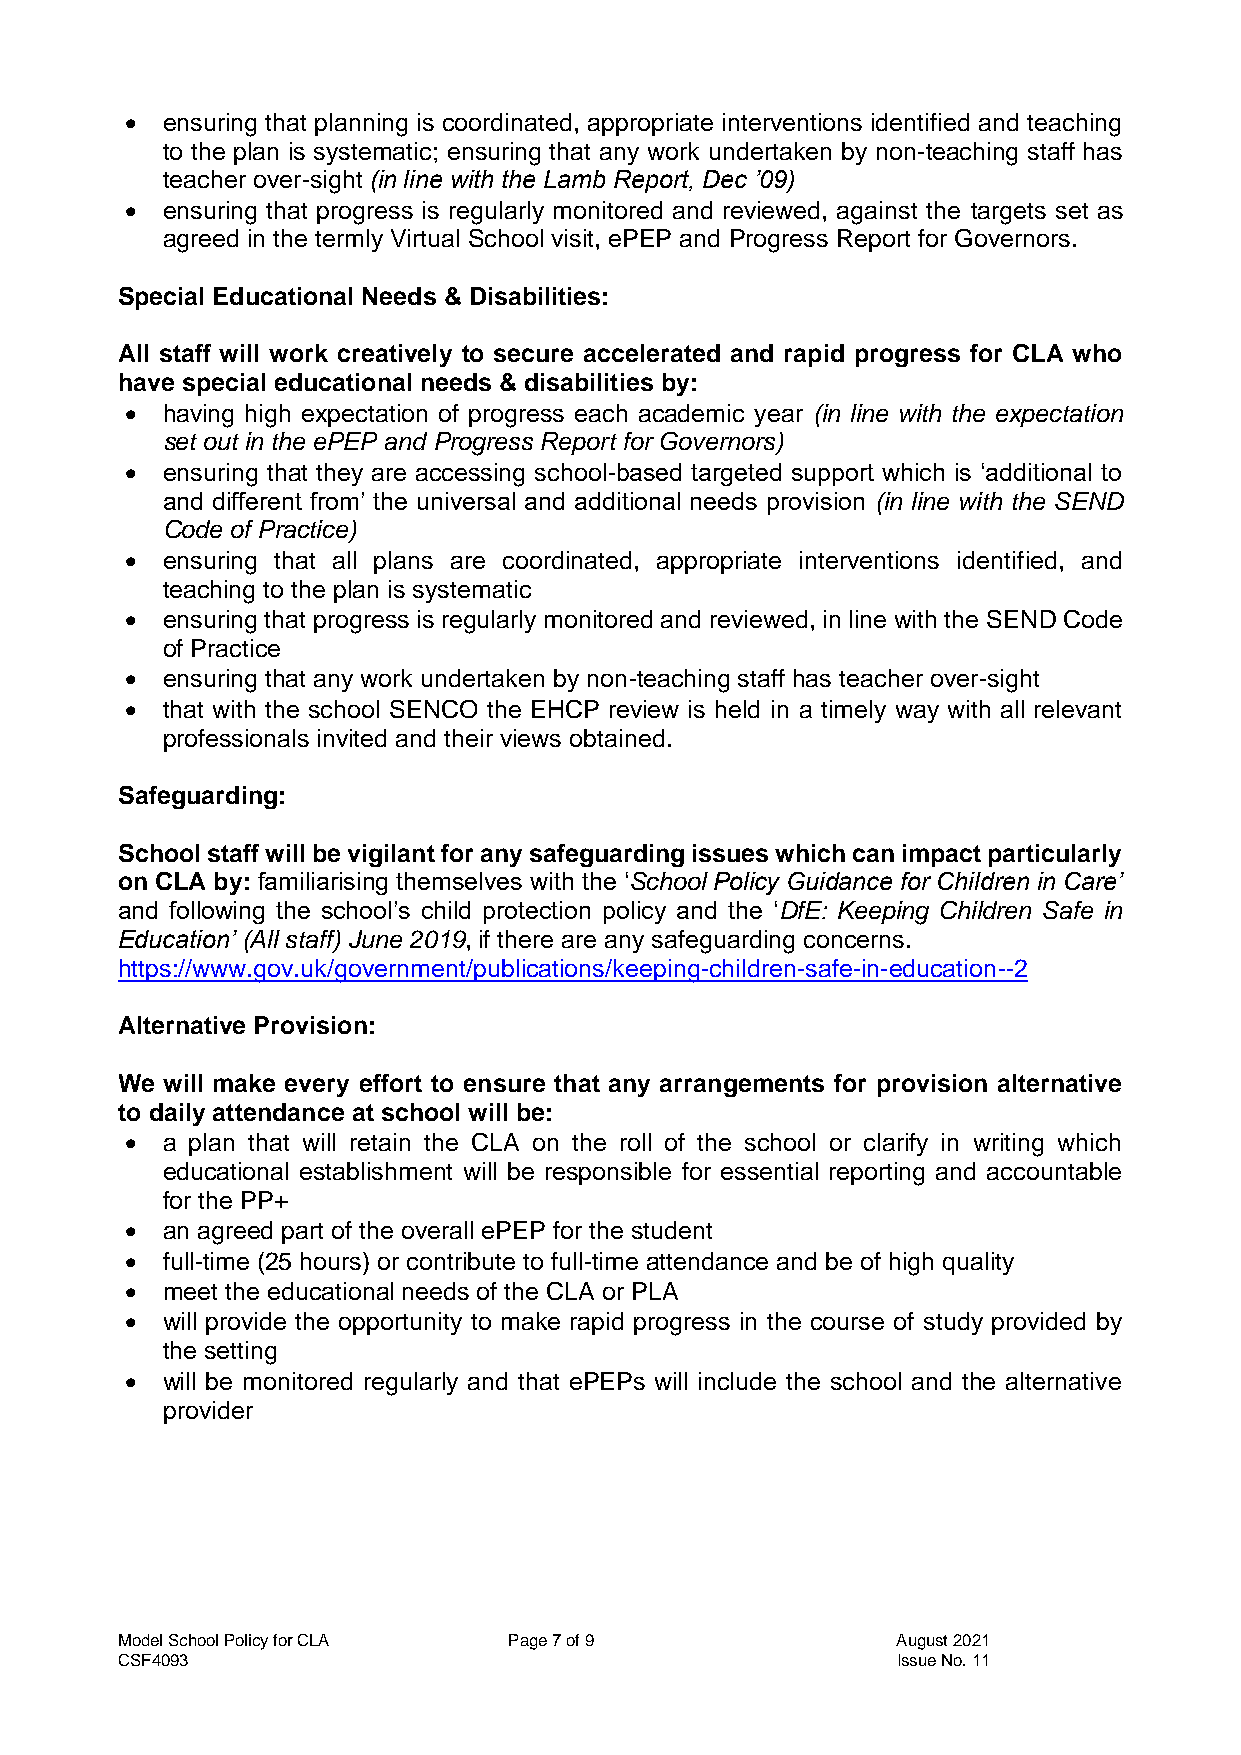
  ensuring that planning is coordinated, appropriate interventions identified and teaching
 to the plan is systematic; ensuring that any work undertaken by non-teaching staff has
 teacher over-sight (in line with the Lamb Report, Dec ’09)
   ensuring that progress is regularly monitored and reviewed, against the targets set as
 agreed in the termly Virtual School visit, ePEP and Progress Report for Governors.
 Special Educational Needs & Disabilities:
 All staff will work creatively to secure accelerated and rapid progress for CLA who
 have special educational needs & disabilities by:
   having high expectation of progress each academic year (in line with the expectation
 set out in the ePEP and Progress Report for Governors)
   ensuring that they are accessing school-based targeted support which is ‘additional to
 and different from’ the universal and additional needs provision (in line with the SEND
 Code of Practice)
   ensuring that all plans are coordinated, appropriate interventions identified, and
 teaching to the plan is systematic
   ensuring that progress is regularly monitored and reviewed, in line with the SEND Code
 of Practice
   ensuring that any work undertaken by non-teaching staff has teacher over-sight
   that with the school SENCO the EHCP review is held in a timely way with all relevant
 professionals invited and their views obtained.
 Safeguarding:
 School staff will be vigilant for any safeguarding issues which can impact particularly
 on CLA by: familiarising themselves with the ‘School Policy Guidance for Children in Care’
 and following the school’s child protection policy and the ‘DfE: Keeping Children Safe in
 Education’ (All staff) June 2019, if there are any safeguarding concerns.
 https://www.gov.uk/government/publications/keeping-children-safe-in-education--2
 Alternative Provision:
 We will make every effort to ensure that any arrangements for provision alternative
 to daily attendance at school will be:
   a plan that will retain the CLA on the roll of the school or clarify in writing which
 educational establishment will be responsible for essential reporting and accountable
 for the PP+
   an agreed part of the overall ePEP for the student
   full-time (25 hours) or contribute to full-time attendance and be of high quality
   meet the educational needs of the CLA or PLA
   will provide the opportunity to make rapid progress in the course of study provided by
 the setting
   will be monitored regularly and that ePEPs will include the school and the alternative
 provider
 Model School Policy for CLA Page 7 of 9            August 2021
 CSF4093                                            Issue No. 11